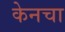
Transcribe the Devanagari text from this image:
केनचा